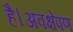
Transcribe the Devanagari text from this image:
है।अवक्षेपण